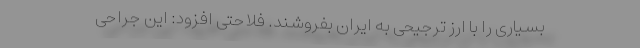
بسیاری را با ارز ترجیحی به ایران بفروشند. فلاحتی افزود: این جراحی